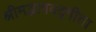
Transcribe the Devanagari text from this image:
श्रीमद्भागवद्गीता